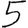
Digit: 5